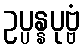
ဥပ္ပန္နပုဗ္ဗံ